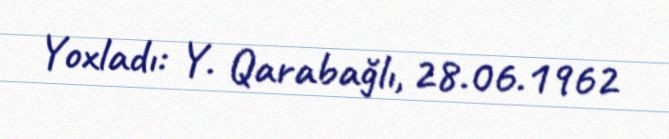
Yoxladı: Y. Qarabağlı, 28.06.1962